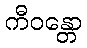
ကီဝန္တော